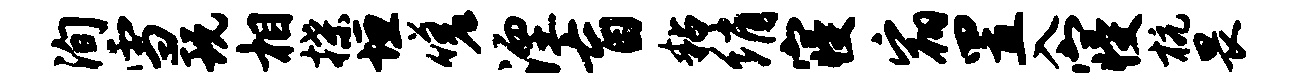
洵雪玩相揲垣嗟湮盲粘绡寝宿置入寝杭畏